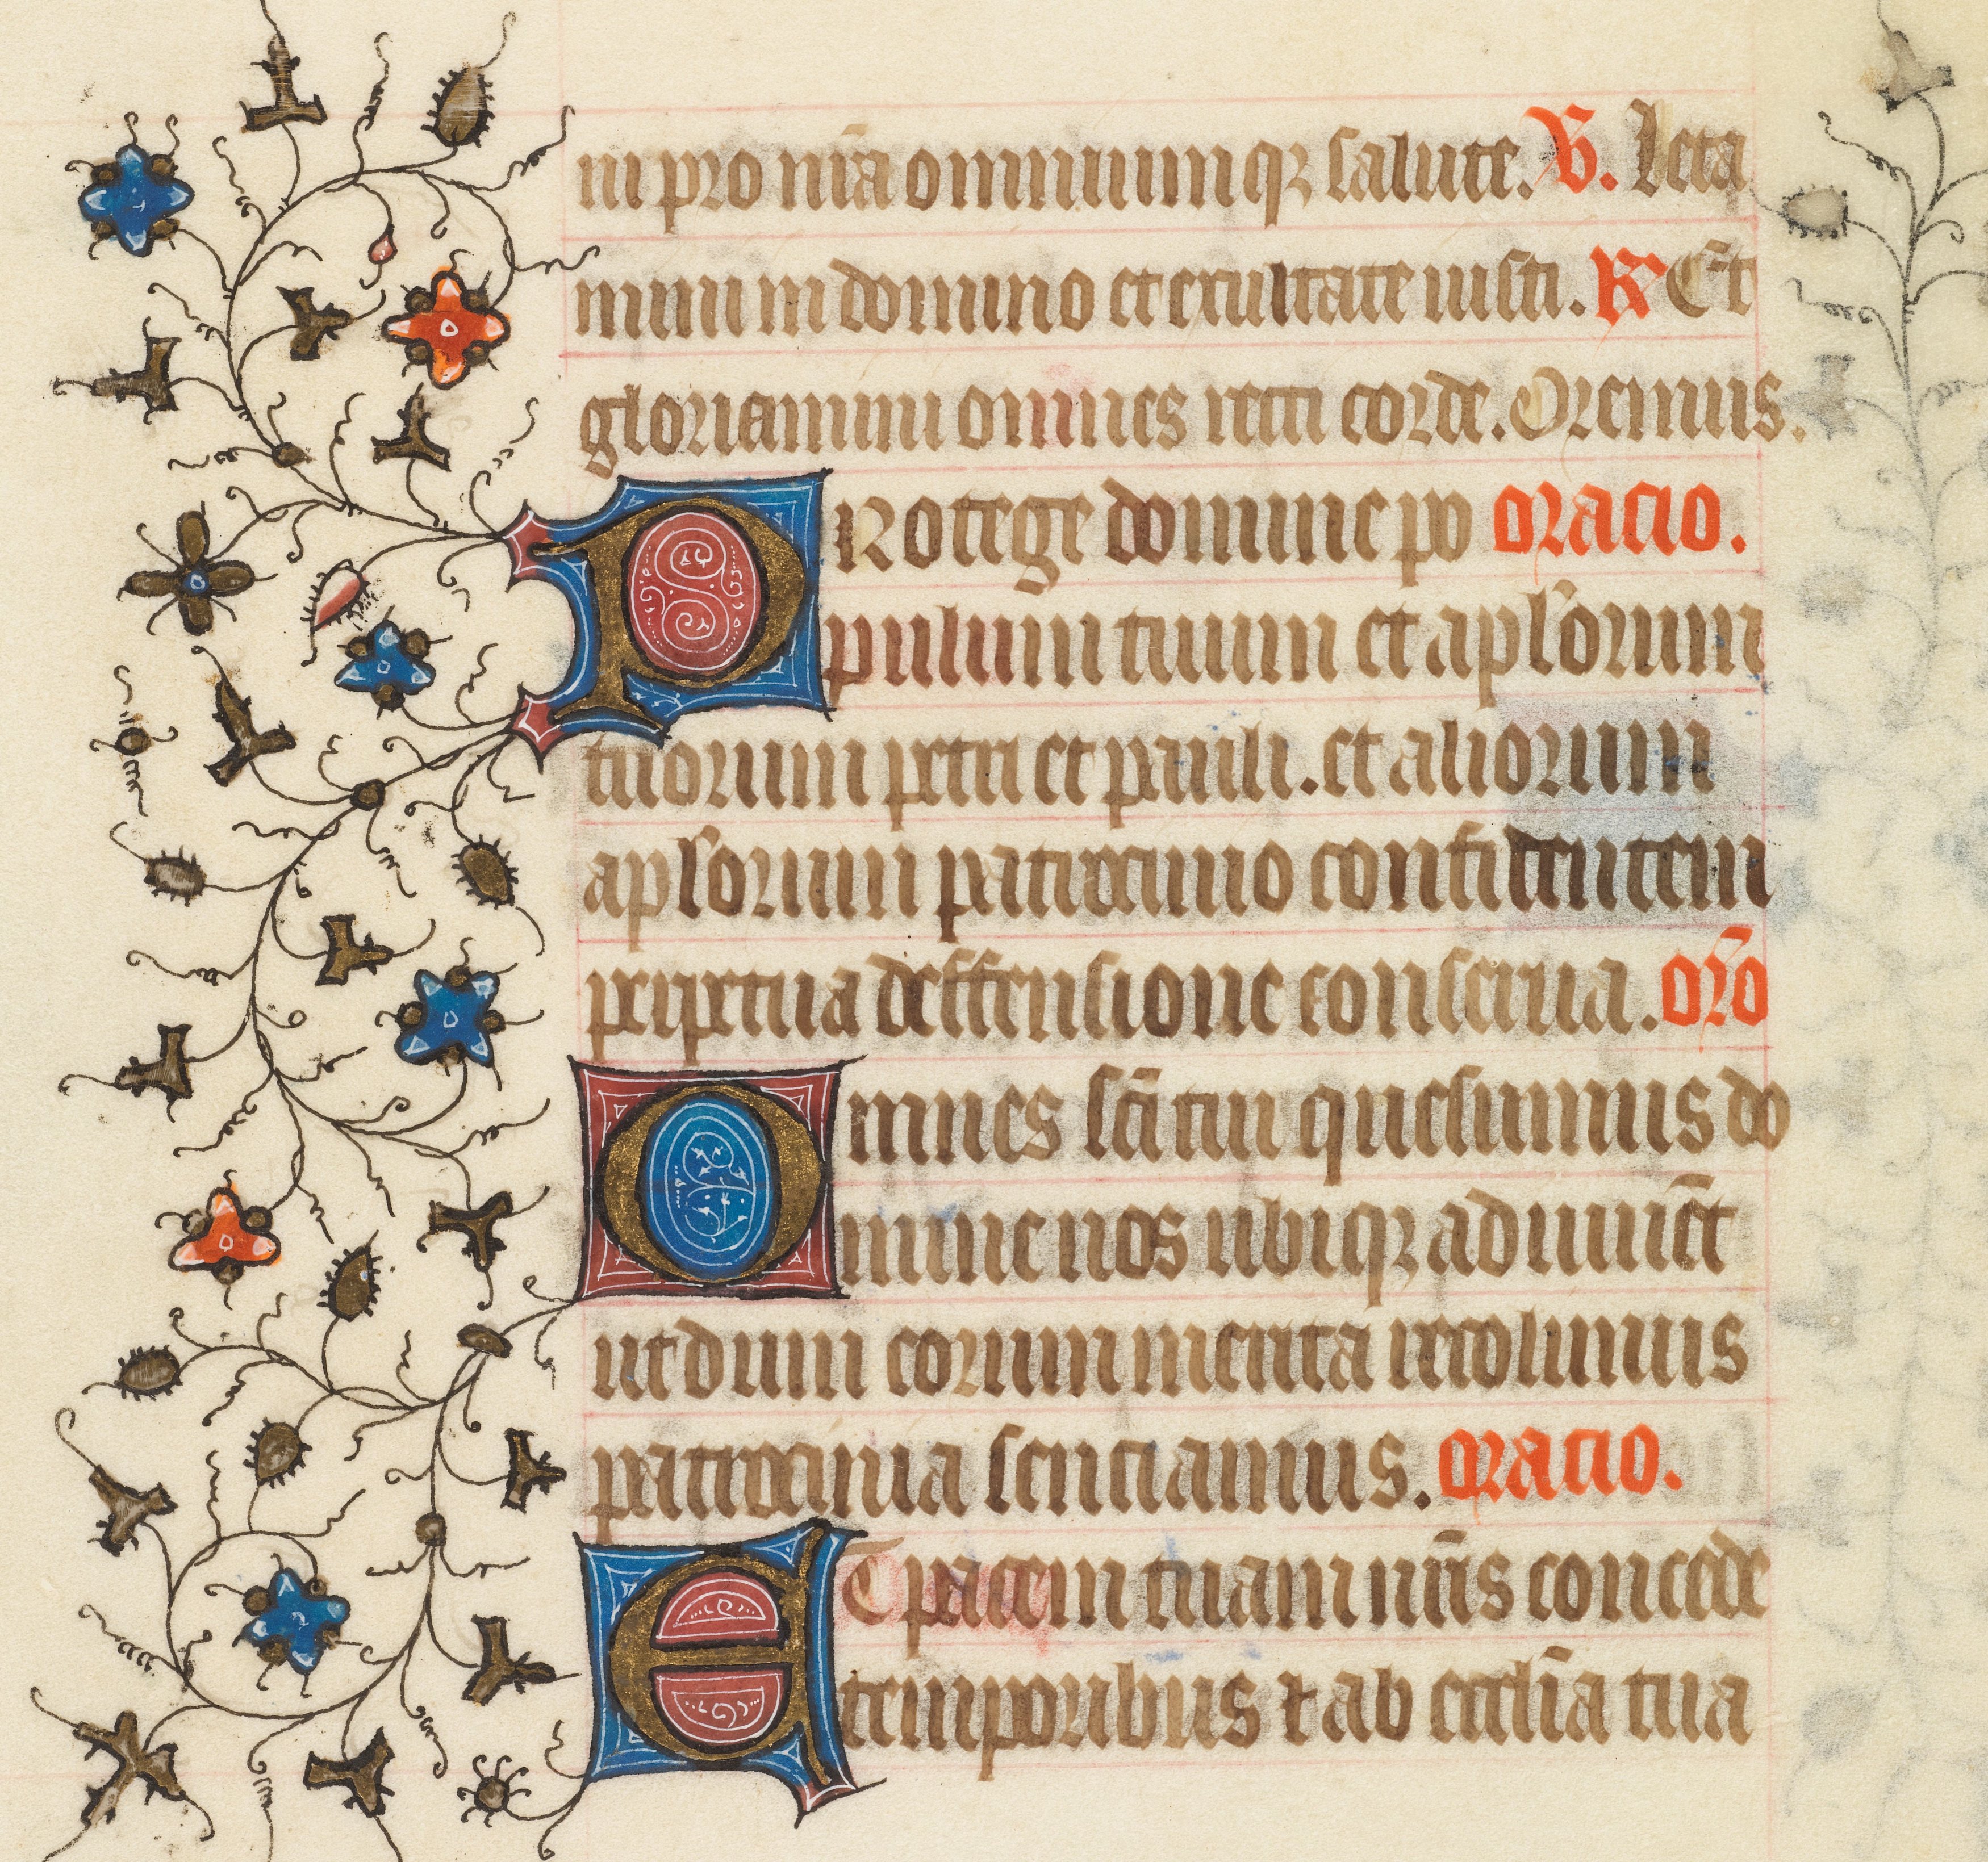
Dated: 1408–1410